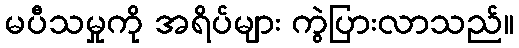
မပီသမှုကို အရိပ်များ ကွဲပြားလာသည်။